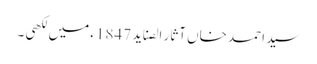
سید احمد خاں آثار الصناید 1847ء میں لکھی ۔